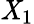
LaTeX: \mathit{X}_{1}